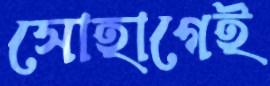
সোহাগেই